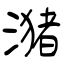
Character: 潴